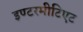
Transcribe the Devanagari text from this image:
इण्टरमीटिएट